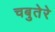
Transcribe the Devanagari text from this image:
चबुतेरे